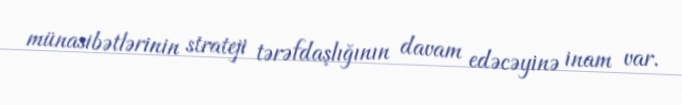
münasibətlərinin strateji tərəfdaşlığının davam edəcəyinə inam var.